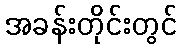
အခန်းတိုင်းတွင်